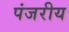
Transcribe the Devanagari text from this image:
पंजरीय